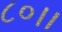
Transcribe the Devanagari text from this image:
८०।।